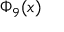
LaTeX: \Phi _ { 9 } ( x )